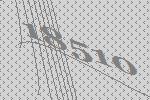
18510